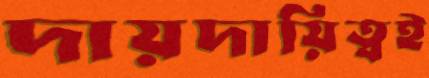
দায়দায়িত্বই